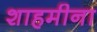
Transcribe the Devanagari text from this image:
शाहमीना